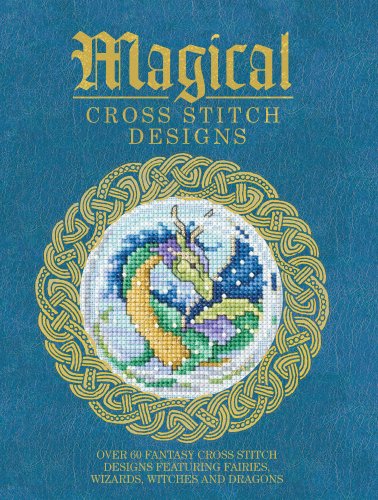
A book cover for Magical Cross Stitch Designs: Over 60 Fantasy Cross Stitch Designs Featuring Fairies, Wizards, Witches and Dragons; Various Contributors; Crafts, Hobbies & Home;